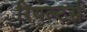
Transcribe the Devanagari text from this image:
रियल्टर्स